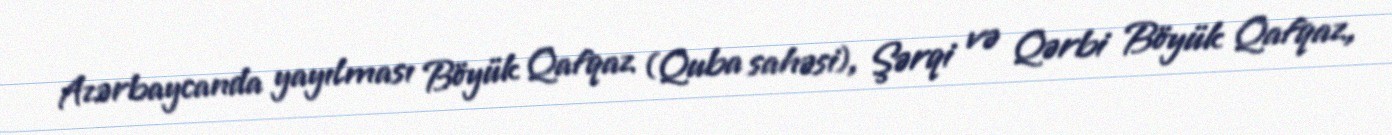
Azərbaycanda yayılması Böyük Qafqaz (Quba sahəsi), Şərqi və Qərbi Böyük Qafqaz,